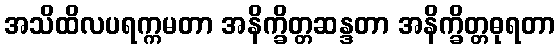
အသိထိလပရက္ကမတာ အနိက္ခိတ္တဆန္ဒတာ အနိက္ခိတ္တဓုရတာ